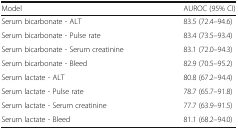
| Model | AUROC (95% CI) |
 | --- | --- |
 | Serum bicarbonate - ALT | 83.5 (72.4–94.6) |
 | Serum bicarbonate - Pulse rate | 83.4 (73.5–93.4) |
 | Serum bicarbonate - Serum creatinine | 83.1 (72.0–94.3) |
 | Serum bicarbonate - Bleed | 82.9 (70.5–95.2) |
 | Serum lactate - ALT | 80.8 (67.2–94.4) |
 | Serum lactate - Pulse rate | 78.7 (65.7–91.8) |
 | Serum lactate - Serum creatinine | 77.7 (63.9–91.5) |
 | Serum lactate - Bleed | 81.1 (68.2–94.0) |